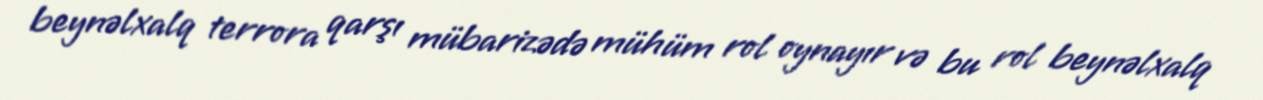
beynəlxalq terrora qarşı mübarizədə mühüm rol oynayır və bu rol beynəlxalq